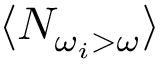
\langle N _ { \omega _ { i } > \omega } \rangle